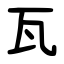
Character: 瓦